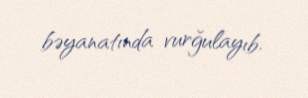
bəyanatında vurğulayıb.